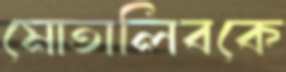
মোতালিবকে